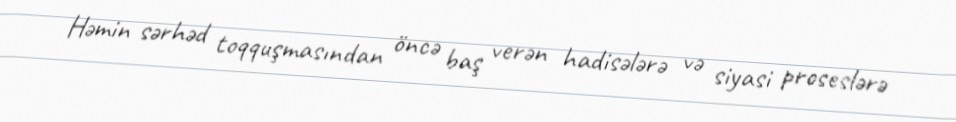
Həmin sərhəd toqquşmasından öncə baş verən hadisələrə və siyasi proseslərə